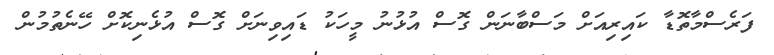
ފަރެސްމާތޮޑާ ކައިރިއަށް މަސްބާނަން ގޮސް އުޅުނު މީހަކު ޑައިވިނަށް ގޮސް އުޅެނިކޮށް ހޭނެތުމުން